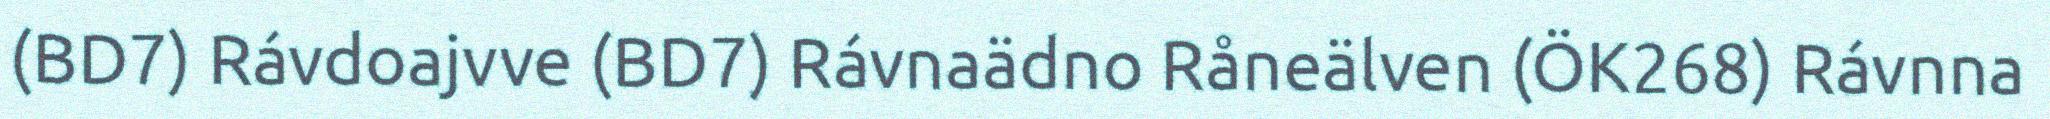
(BD7) Rávdoajvve (BD7) Rávnaädno Råneälven (ÖK268) Rávnna